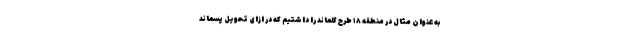
به عنوان مثال در منطقه ۱۸ طرح گلماند را داشتیم که در ازای تحویل پسماند